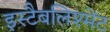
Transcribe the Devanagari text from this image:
इस्टैबलिश्मेंट